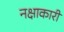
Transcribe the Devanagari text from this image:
नक्षाकारी